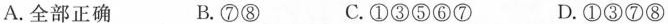
A.全部正确 B.⑦⑧ C.①③⑤⑥⑦ D.①③⑦⑧